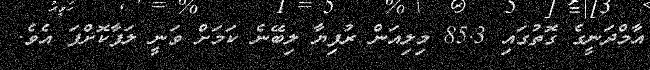
އާމްދަނީގެ ގޮތުގައި 85.3 މިލިއަން ރުފިޔާ ލިބޭނެ ކަމަށް ވަނީ ލަފާކޮށްފަ އެވެ.